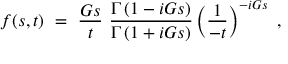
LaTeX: f ( s , t ) ~ = ~ \frac { G s } { t } ~ \frac { \Gamma \left( 1 - i G s \right) } { \Gamma \left( 1 + i G s \right) } \left( \frac { 1 } { - t } \right) ^ { - i G s } ~ ,